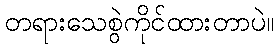
တရားသေစွဲကိုင်ထားတာပဲ။